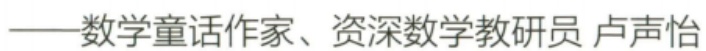
——数学童话作家、资深数学教研员 卢声怡